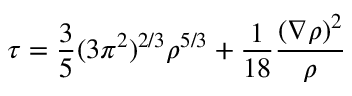
\tau = \frac { 3 } { 5 } ( 3 \pi ^ { 2 } ) ^ { 2 / 3 } \rho ^ { 5 / 3 } + \frac { 1 } { 1 8 } \frac { ( \nabla \rho ) ^ { 2 } } { \rho }